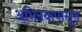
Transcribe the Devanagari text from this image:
अभिनयापासून